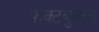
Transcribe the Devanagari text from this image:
फॅक्टबुकने